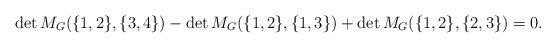
LaTeX: \begin{align*}\det M_G(\{1,2\},\{3,4\})-\det M_G(\{1,2\},\{1,3\})+\det M_G(\{1,2\},\{2,3\})=0.\end{align*}